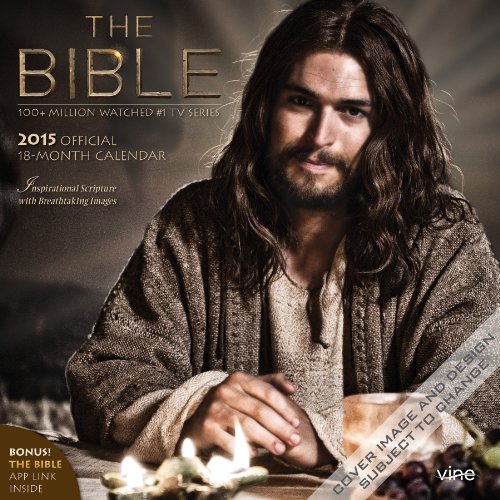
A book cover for The Bible 2015 (TV Series) Square 12x12 Vine Publications; BrownTrout; Calendars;